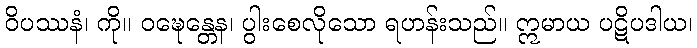
ဝိပဿနံ၊ ကို။ ဝဍ္ဎေန္တေန၊ ပွါးစေလိုသော ရဟန်းသည်။ ဣမာယ ပဋိပဒါယ၊